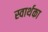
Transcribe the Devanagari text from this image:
स्वार्थका